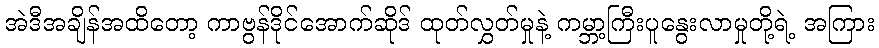
အဲဒီအချိန်အထိတော့ ကာဗွန်ဒိုင်အောက်ဆိုဒ် ထုတ်လွှတ်မှုနဲ့ ကမ္ဘာ့ကြီးပူနွေးလာမှုတို့ရဲ့ အကြား